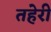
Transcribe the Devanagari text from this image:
तहेरी